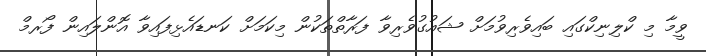
ވީމާ މި ކްލިނިކްގައި ބައިވެރިވުމަށް ޝައުގުވެރިވާ ފަރާތްތަކުން މިކަމަށް ކަނޑައެޅިފައިވާ އޮންލައިން ފޯރމް